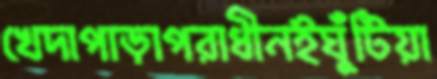
খেদাপাড়াপরাধীনইঘুঁটিয়া